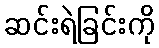
ဆင်းရဲခြင်းကို